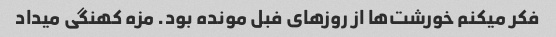
فکر میکنم خورشت‌ها از روزهای فبل مونده بود. مزه کهنگی میداد